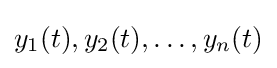
y_{1}(t),y_{2}(t),\dots ,y_{n}(t)